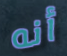
أنه